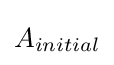
{A_{initial}}